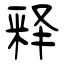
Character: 释